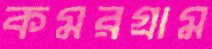
কমরগ্রাম